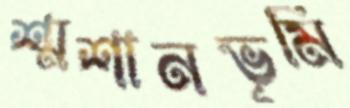
শ্মশানভূমি